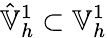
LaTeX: \hat{\mathbb{V}}_{h}^{1}\subset\mathbb{V}_{h}^{1}